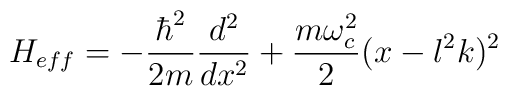
H_{eff}=-\frac {\hbar ^2}{2m} \frac{d^2}{dx^2} + \frac {m \omega_c^2}{2}(x-l^2k)^2